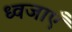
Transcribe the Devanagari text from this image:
ध्वजाएँ